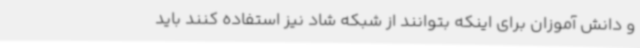
و دانش آموزان برای اینکه بتوانند از شبکه شاد نیز استفاده کنند باید